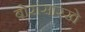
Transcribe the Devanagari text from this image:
बोरांसारखे